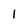
Character: 1